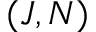
( J , N )